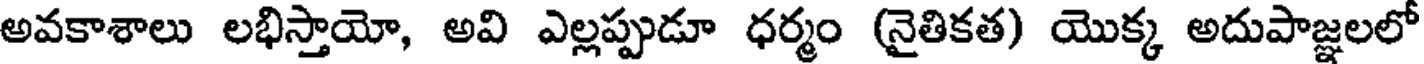
అవకాశాలు లభిస్తాయో, అవి ఎల్లప్పుడూ ధర్మం (నైతికత) యొక్క అదుపాజ్ఞలలో